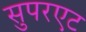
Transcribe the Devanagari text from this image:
सुपरएट